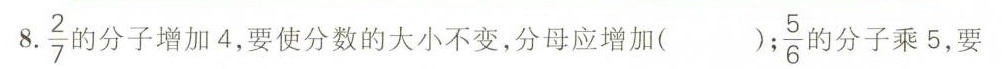
8.\frac{2}{7}勺分子增加4，要使分数的大小不变，分母应增加( )；\frac{5}{6}的分子乘5，要